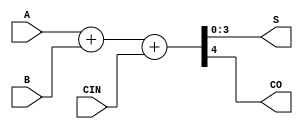
// This program was cloned from: https://github.com/jotego/jtcores
// License: GNU General Public License v3.0

// Fujitsu AV cell
// 4-bit Full Adder
// furrtek 2022

`timescale 1ns/100ps

module A4H(
	input [3:0] A,
	input [3:0] B,
	input CIN,
	output [3:0] S,
	output CO
);

assign {CO, S} = A + B + {3'd0, CIN};	// tmax = 8.2ns

endmodule